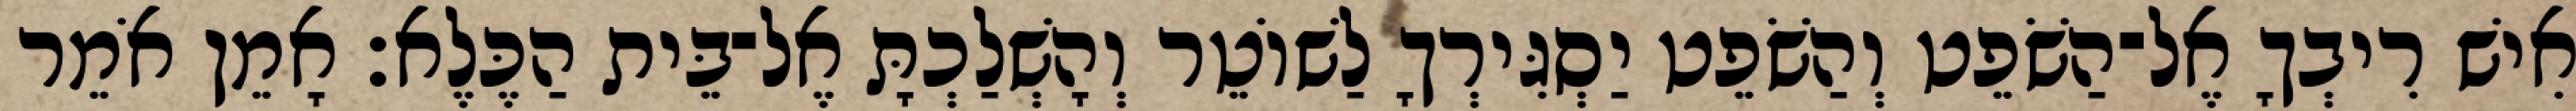
אִישׁ רִיבְךָ אֶל־הַשֹׁפֵט וְהַשֹׁפֵט יַסְגִּירְךָ לַשׁוֹטֵר וְהָשְׁלַכְתָּ אֶל־בֵּית הַכֶּלֶא׃ אָמֵן אֹמֵר